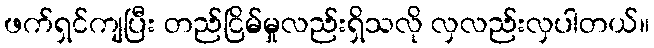
ဖက်ရှင်ကျပြီး တည်ငြိမ်မှုလည်းရှိသလို လှလည်းလှပါတယ်။